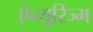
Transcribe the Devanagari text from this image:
ऐन्यूरिज्म